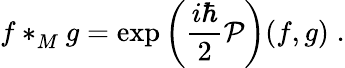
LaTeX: f\ast_{M}^{}g=\exp\left(\frac{i\hbar}{2}{\cal P}\right)(f,g)\; .